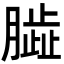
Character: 𦠊